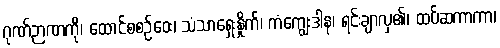
ဂုဏ်ဉာဏကို၊ ထောင်စစဉ်ဝေး၊ သံသာရှေးနှိုက်၊ ကံကျွေးဒါန၊ ရင်းချာလှ၏၊ ထပ်ဆကာကာ၊